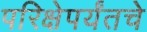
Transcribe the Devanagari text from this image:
परिक्षेपर्यंतचे